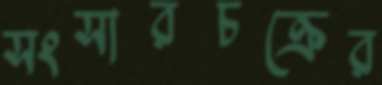
সংসারচক্রের